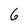
Character: 6